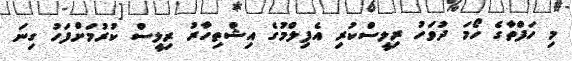
މި ހަފްތާގެ ހޯމަ ދުވަހު ރިލީސްކުރި އެފިލްމުގެ އިޝްތިހާރު ރިލީސް ކުރުމަށްފަހު ގިނަ